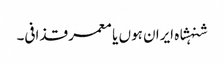
شنہشاہ ایران ہوں یا معمر قذافی۔